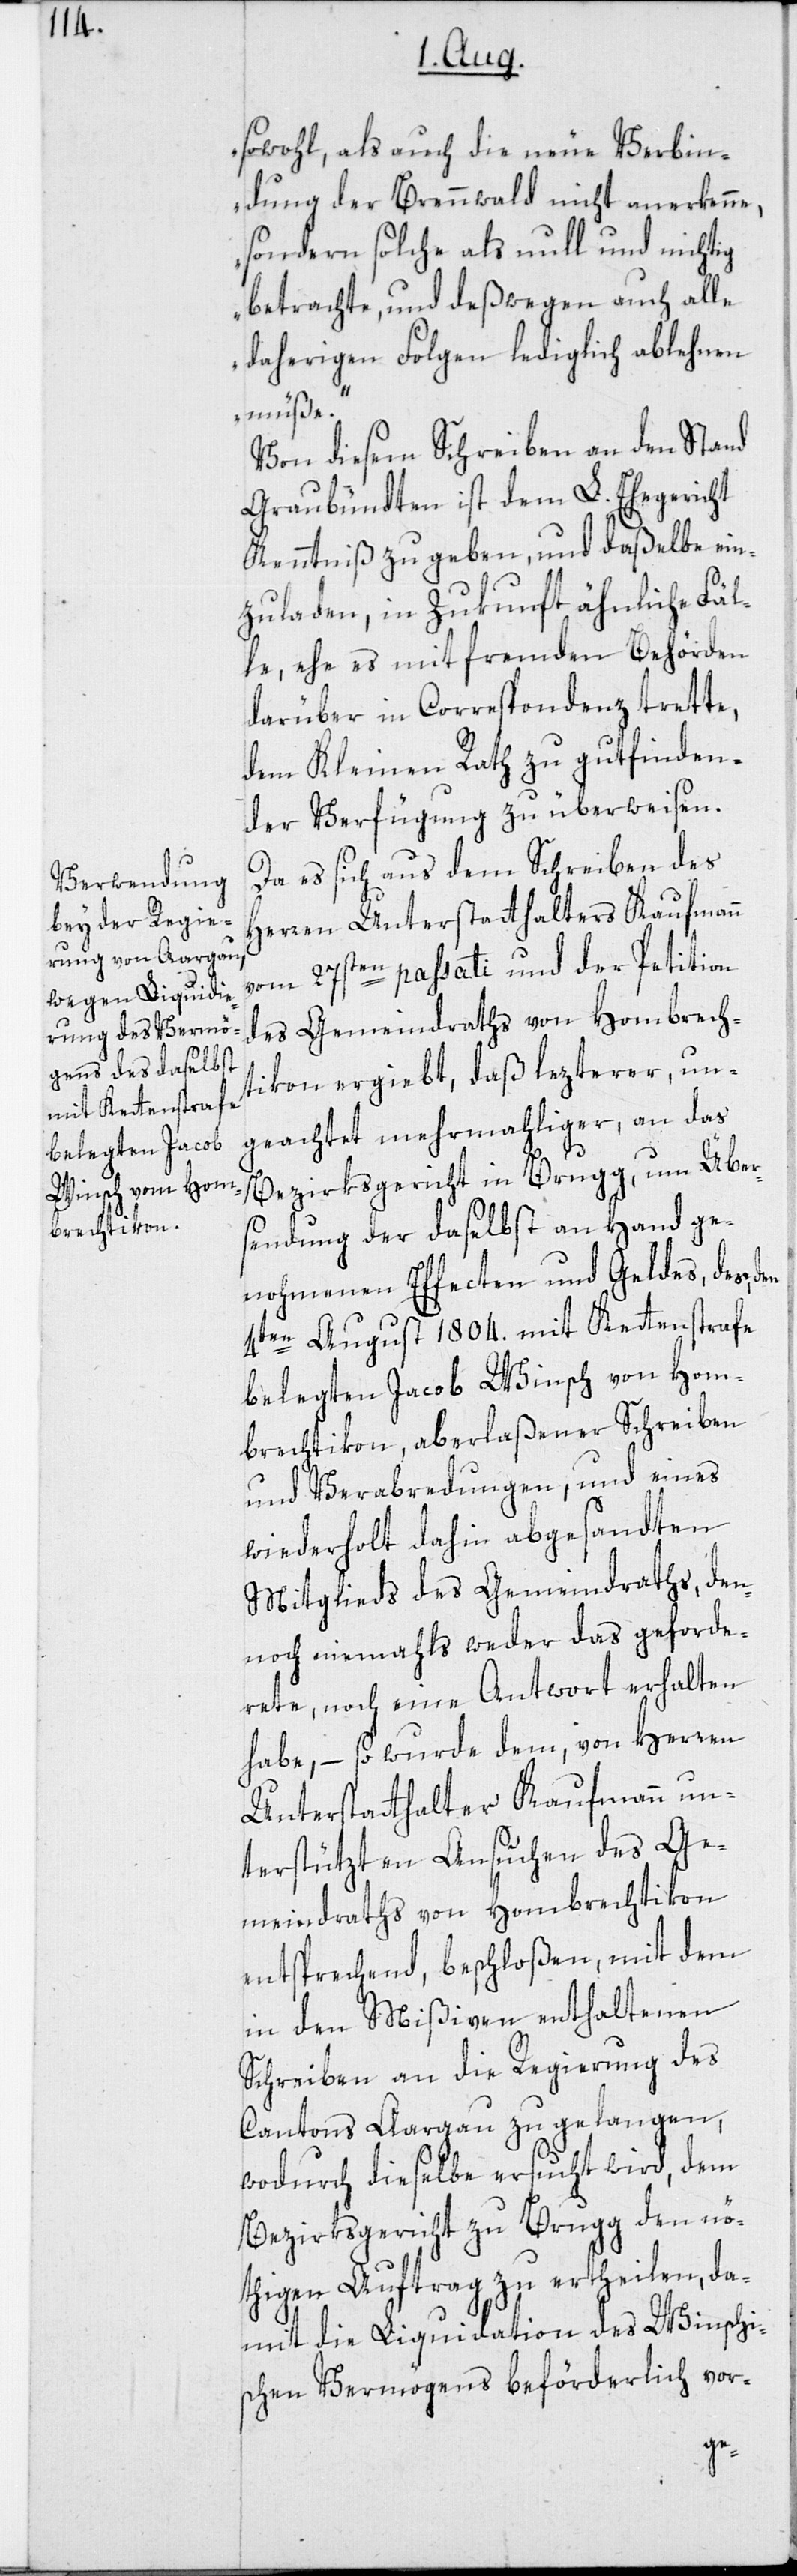
sowohl, als auch die neue Verbin¬
dung der Brennwald nicht anerkenne,
sondern solche als null und nichtig
betrachte, und deßwegen auch alle
daherigen Folgen lediglich ablehnen
müße.“
Von diesem Schreiben an den Stand
Graubündten ist dem L. Ehegericht
Kenntniß zu geben, und daßelbe ein¬
zuladen, in Zukunft ähnliche Fäl¬
le, ehe es mit fremden Behörden
darüber in Correspondenz trette,
dem Kleinen Rath zu gutfinden¬
der Verfügung zu überweisen.
Da es sich aus dem Schreiben des
Herren Unterstatthalters Kaufmann
vom 27sten passati und der Petition
des Gemeindraths von Hombrech¬
tikon ergiebt, daß lezterer, un¬
geachtet mehrmahliger, an das
Bezirksgericht in Brugg, um Über¬
sendung der daselbst an Hand ge¬
nohmenen Effecten und Geldes, des,
4ten August 1804. mit Kettenstrafe
belegten Jacob Winsch von Hom¬
brechtikon, aberlaßener Schreiben
und Verabredungen, und eines
wiederholt dahin abgesandten
Mitglieds des Gemeindraths, den¬
noch niemahls weder das geforde¬
rete, noch eine Antwort erhalten
habe, – so wurde dem, von Herren
Unterstatthalter Kaufmann un¬
terstützten Ansuchen des Ge¬
meindraths von Hombrechtikon
entsprechend, beschloßen, mit dem
in den Mißiven enthaltenen
Schreiben an die Regierung des
Cantons Aargau zu gelangen,
wodurch dieselbe ersucht wird, dem
Bezirksgericht zu Brugg den nö¬
thigen Auftrag zu ertheilen, da¬
mit die Liquidation des Winschi¬
schen Vermögens beförderlich vor-